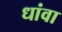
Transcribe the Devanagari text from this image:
धांवा